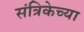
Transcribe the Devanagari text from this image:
संत्रिकेच्या